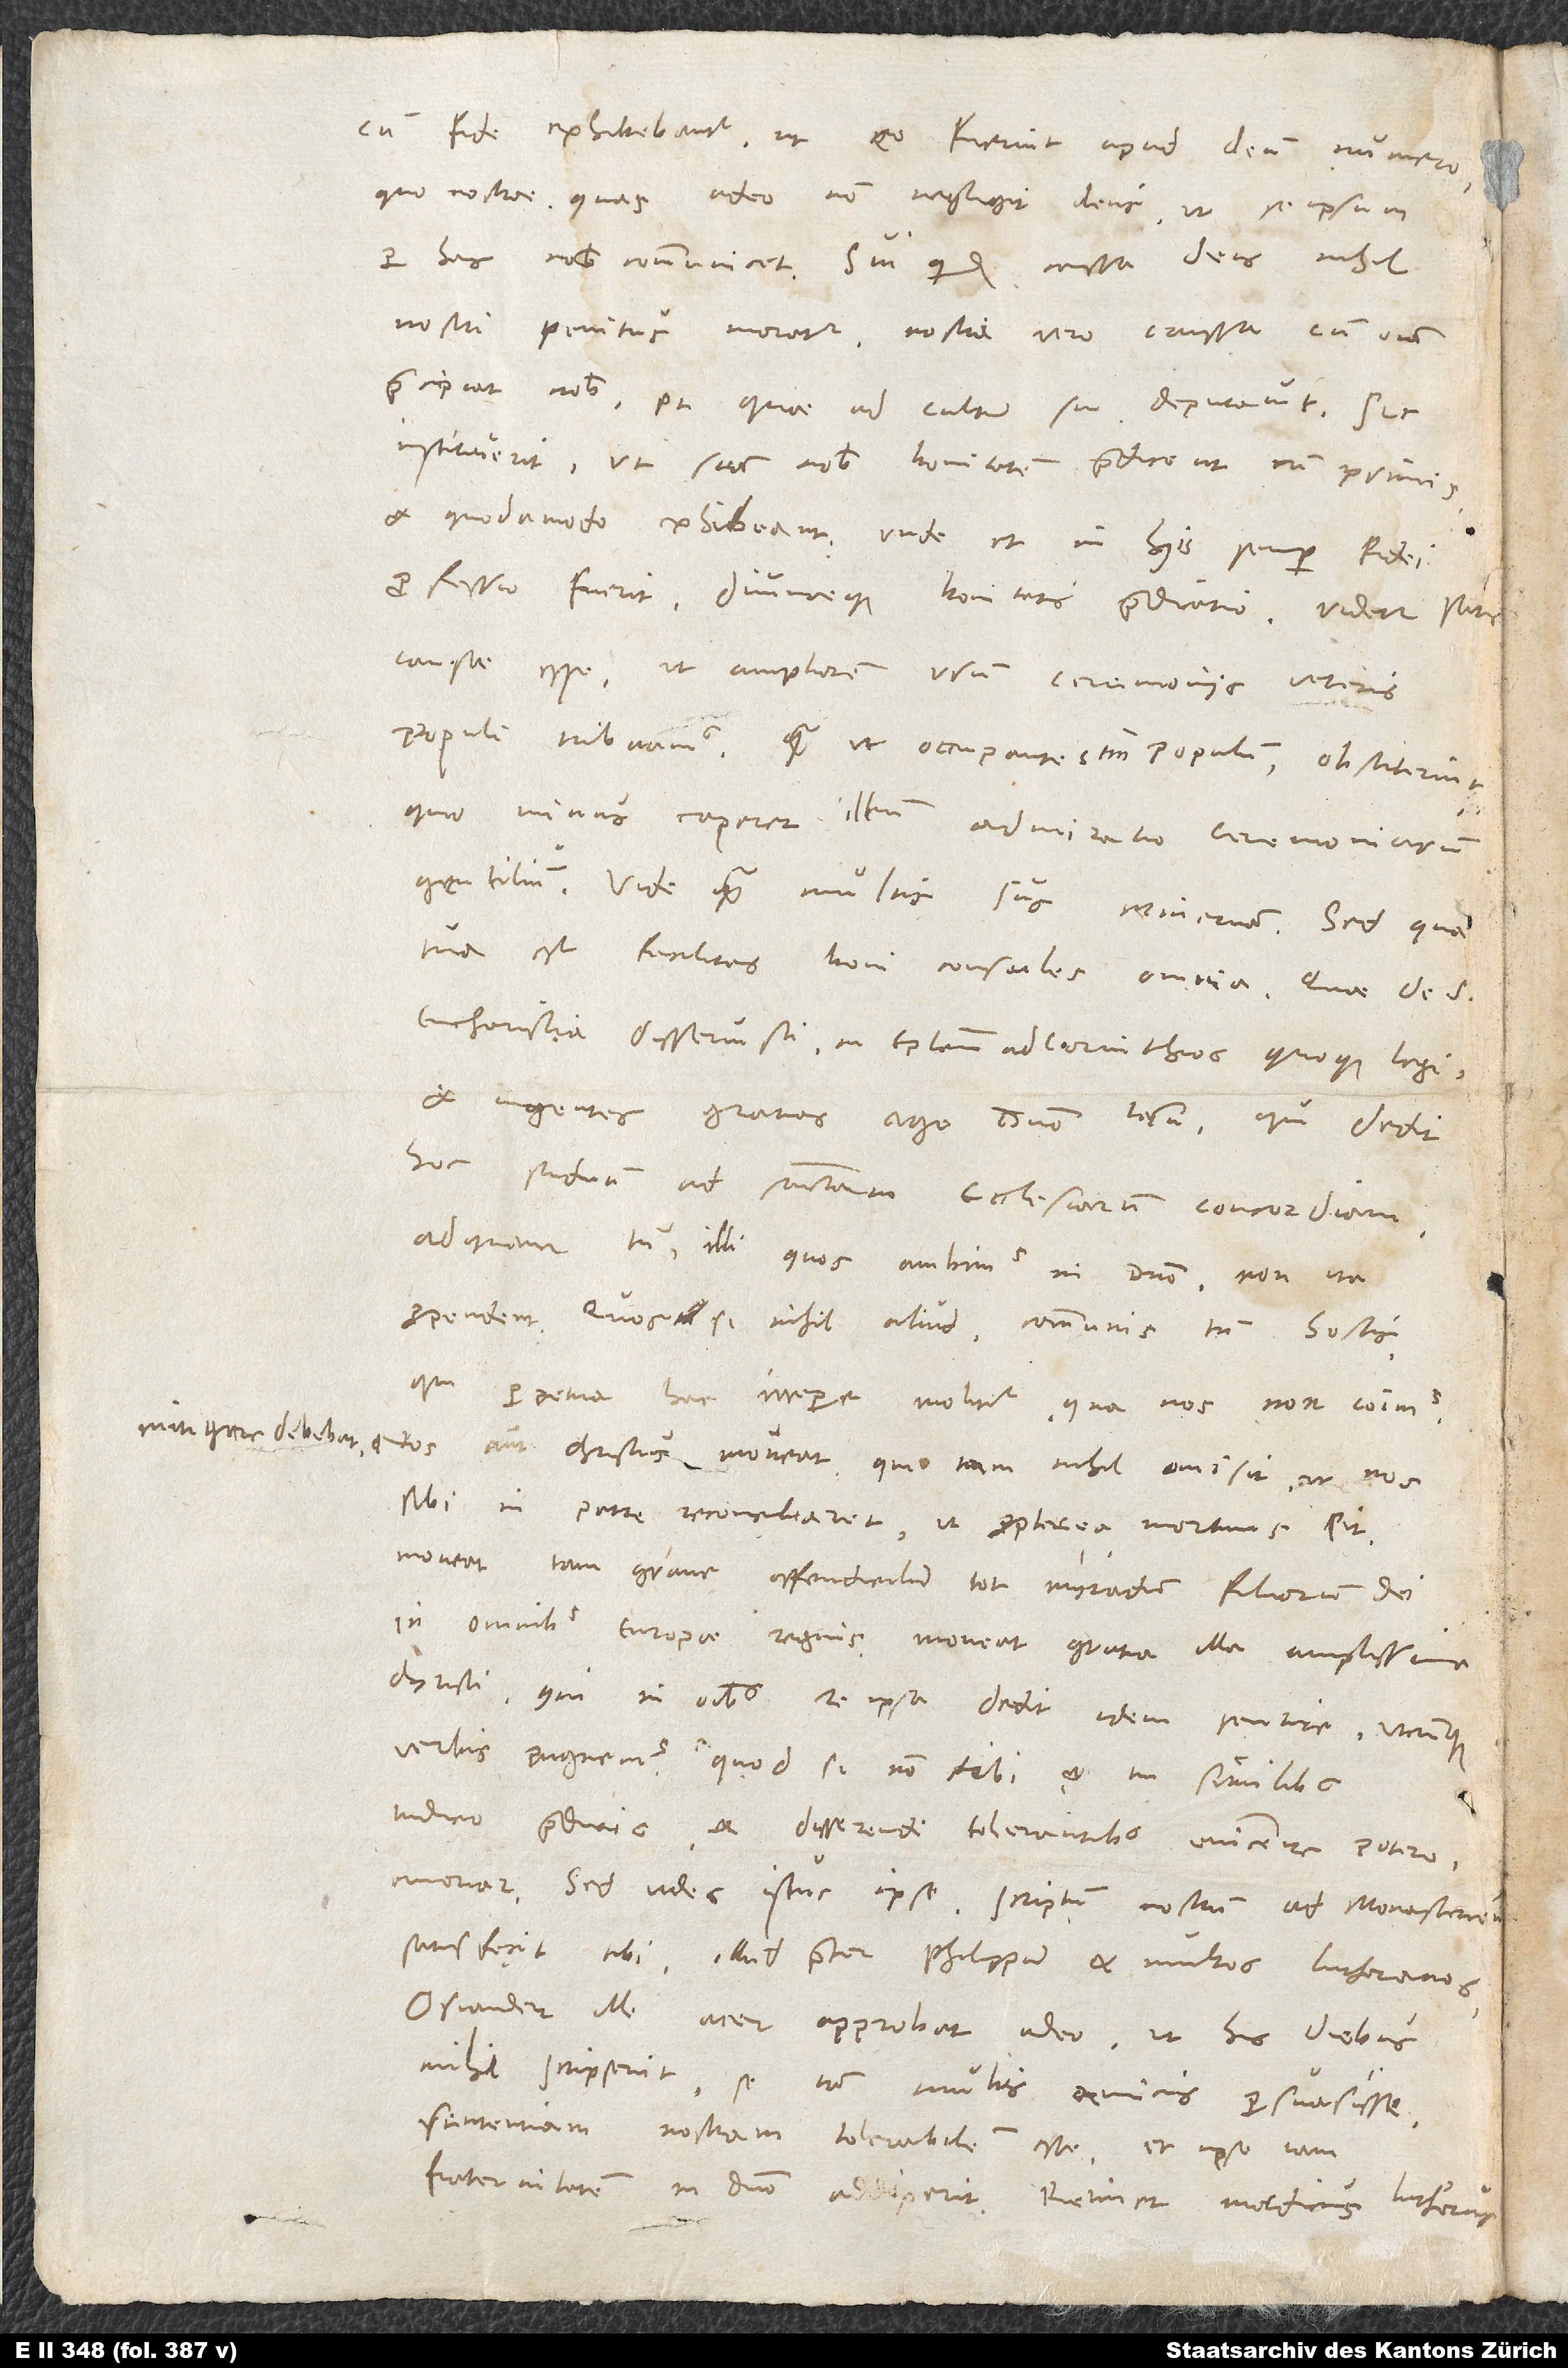
mitigare debebat.

cum fide exhibebantur, ut eo fuerint apud deum numero,
quo nostrae, quas adeo non negligit deus, ut se ipsum
per has nobis communicet. Sui quidem caussa deus nihil
nostri penitus moratur, nostri vero caussa, cum omne
praecipiat nobis et, quae ad cultum suum deputavit, sic
instituerit, ut suam nobis bonitatem praedicent cum primis
et quodamodo exhibeant, unde et in hiis semper fidei
professio fuerit divinaeque bonitatis praedicatio. Videtur satis
causae esse, ut ampliorem usum ceremoniis veteris
populi tribuamus, quam ut occupantes tantum populum obstiterint,
quo minus caperet illum admiratio ceremoniarum
gentilium. Vide quam multis sus Minervam. Sed quae
tua est facilitas, boni consules omnia.
eucharistia disseruisti in epistolam ad Corinthios quoque, legi
et ingentes gratias ago domino Iesu, qui dedit
hoc studium ad sanctarum ecclesiarum concordiam,
ad quam tamen illi, quos ambimus in domino, non ita
propendent. Quos si nihil aliud, communis tamen hostis,
perpetuo hac irrepere molitur, qua nos non coimus,
Nos autem Christus moveat, qui tam nihil omisit, ut nos
sibi in patre reconciliaret, ut propterea mortuus sit.
Moveat tam grave offendiculum tot myriadum filiorum dei
in omnibus Europae regnis, moveat gratia illa amplissima
Christi, qui in omnibus re ipsa dedit idem sentire, utcunque
verbis pugnemus. Quod si non tibi et tui similibus
iudicio praeditis et disserendi tolerantibus evincere potero,
satisfecit tibi. Illud praeter Philippum et multos Lutheranos
Osiander ille acer approbat adeo, ut his diebus
mihi scripserit se iam multis amicis persuasisse
sententiam nostram tolerabilem esse et ipse iam
fraternitatem in domino addixerit. Retinet mordicus Lutherus